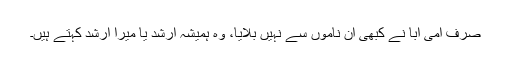
صرف امی ابا نے کبھی ان ناموں سے نہیں بلایا، وہ ہمیشہ ارشد یا میرا ارشد کہتے ہیں۔